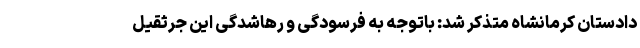
دادستان کرمانشاه متذکر شد: باتوجه به فرسودگی و رهاشدگی این جرثقیل